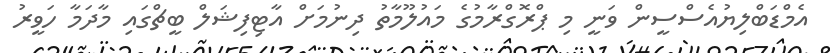
އެމްޑަބްލިޔުއެސްސީން ވަނީ މި ޕްރޮގްރާމުގެ މައުލޫމާތު ދިނުމަށް އާޓިފިޝަލް ބީޗްގައި މާދަމާ ހަވީރު